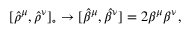
[ { \hat { \rho } } ^ { \mu } , { \hat { \rho } } ^ { \nu } ] _ { \circ } \rightarrow [ { \hat { \beta } } ^ { \mu } , { \hat { \beta } } ^ { \nu } ] = 2 \beta ^ { \mu } \beta ^ { \nu } ,